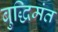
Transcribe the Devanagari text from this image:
बुद्धिमंत